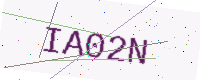
Text: IA02N